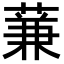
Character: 蒹